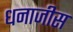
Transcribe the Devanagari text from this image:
धनाजीस